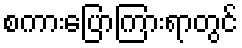
စကားပြောကြားရာတွင်